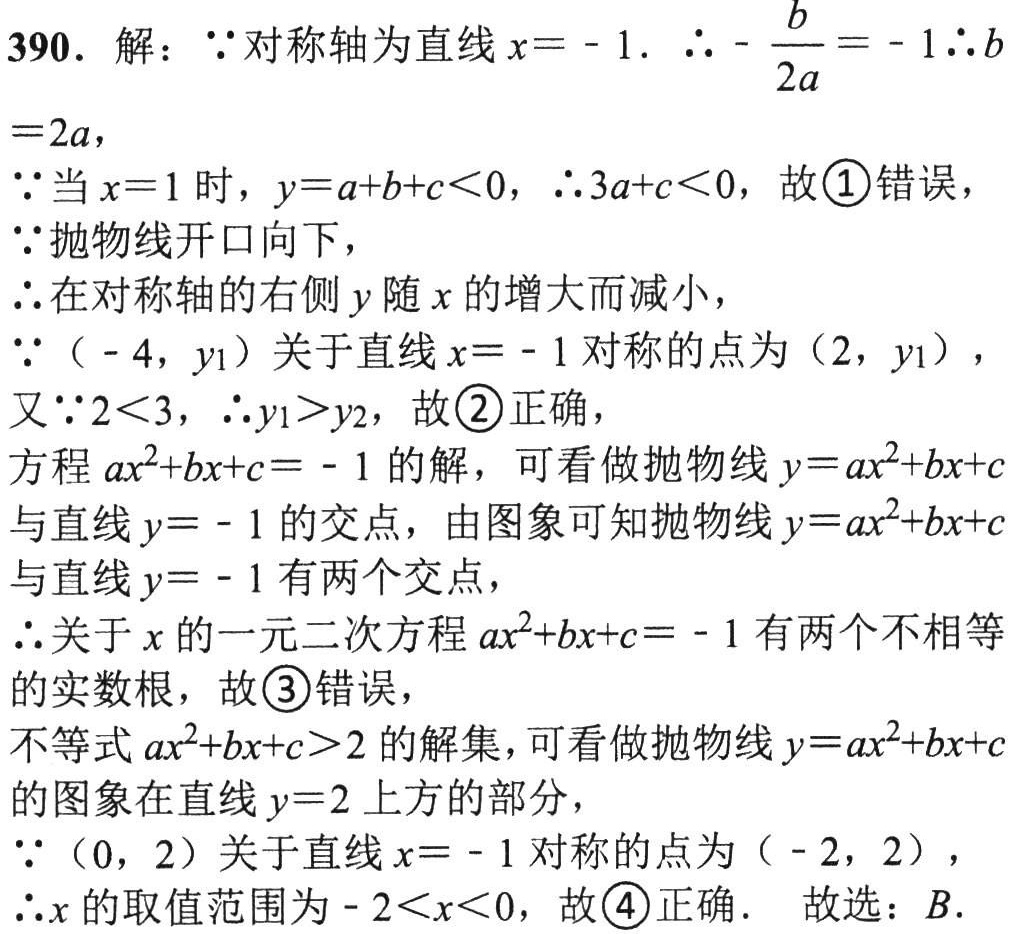
390. 解：\(\because\)对称轴为直线\(x = - 1\). \(\therefore-\dfrac{b}{2a}=-1\)\(\therefore b = 2a\)，
\(\because\)当\(x = 1\)时，\(y=a + b + c<0\)，\(\therefore3a + c<0\)，故\textcircled{1}错误，
\(\because\)抛物线开口向下，
\(\therefore\)在对称轴的右侧\(y\)随\(x\)的增大而减小，
\(\because(-4,y_{1})\)关于直线\(x = - 1\)对称的点为\((2,y_{1})\)，
又\(\because2<3\)，\(\therefore y_{1}>y_{2}\)，故\textcircled{2}正确，
方程\(ax^{2}+bx + c=-1\)的解，可看做抛物线\(y = ax^{2}+bx + c\)与直线\(y = - 1\)的交点，由图象可知抛物线\(y = ax^{2}+bx + c\)与直线\(y = - 1\)有两个交点，
\(\therefore\)关于\(x\)的一元二次方程\(ax^{2}+bx + c=-1\)有两个不相等的实数根，故\textcircled{3}错误，
不等式\(ax^{2}+bx + c>2\)的解集，可看做抛物线\(y = ax^{2}+bx + c\)的图象在直线\(y = 2\)上方的部分，
\(\because(0,2)\)关于直线\(x = - 1\)对称的点为\((-2,2)\)，
\(\therefore x\)的取值范围为\(-2<x<0\)，故\textcircled{4}正确.  故选：\(B\).